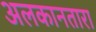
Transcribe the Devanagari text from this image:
अलकानतारा